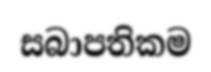
සබාපතිකම